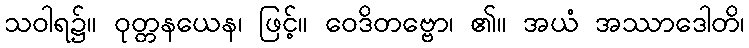
သဝါရ၌။ ဝုတ္တနယေန၊ ဖြင့်။ ဝေဒိတဗ္ဗော၊ ၏။ အယံ အဿာဒေါတိ၊